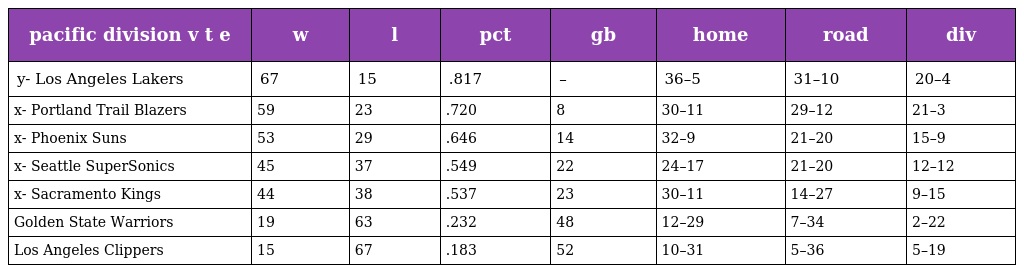
| pacific division v t e | w | l | pct | gb | home | road | div |
 | --- | --- | --- | --- | --- | --- | --- | --- |
 | y- Los Angeles Lakers | 67 | 15 | .817 | – | 36–5 | 31–10 | 20–4 |
 | x- Portland Trail Blazers | 59 | 23 | .720 | 8 | 30–11 | 29–12 | 21–3 |
 | x- Phoenix Suns | 53 | 29 | .646 | 14 | 32–9 | 21–20 | 15–9 |
 | x- Seattle SuperSonics | 45 | 37 | .549 | 22 | 24–17 | 21–20 | 12–12 |
 | x- Sacramento Kings | 44 | 38 | .537 | 23 | 30–11 | 14–27 | 9–15 |
 | Golden State Warriors | 19 | 63 | .232 | 48 | 12–29 | 7–34 | 2–22 |
 | Los Angeles Clippers | 15 | 67 | .183 | 52 | 10–31 | 5–36 | 5–19 |